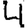
Digit: 4